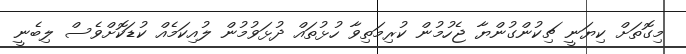
މިގޮތަށް ކިޔަނީ ޗިކުންގުންޔާ ޖެހުމުން ކުރިމަތިވާ ހުޅުތައް ދުޅަވުމުން ލުއިކަމެއް ކުޑަކޮށްވެސް ލިބެނީ